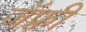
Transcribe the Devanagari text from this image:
जॅफ़्री